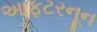
આફટરનૂન